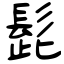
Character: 髭